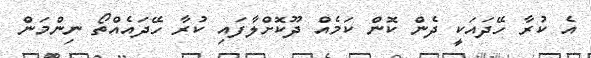
އެ ކުރާ ހޭދައަކީ ދެން ކޮން ކަމެއް ދޫކޮށްލާފައި ކުރާ ހޭދައެއްތޯ ނިންމަން